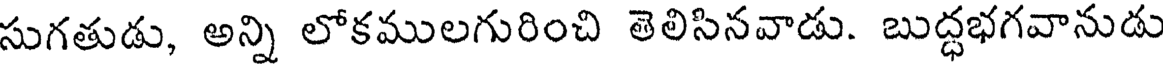
సుగతుడు, అన్ని లోకములగురించి తెలిసినవాడు. బుద్ధభగవానుడు